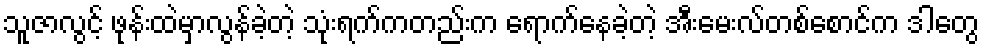
သူဇာလွင့် ဖုန်းထဲမှာလွန်ခဲ့တဲ့ သုံးရက်ကတည်းက ရောက်နေခဲ့တဲ့ အီးမေးလ်တစ်စောင်က ဒါတွေ